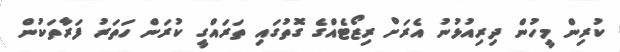
ކުރިން މީހުން ދިރިއުޅުނު އެރަށް ރިޒޯޓެއްގެ ގޮތުގައި ތަރައްގީ ކުރަން ހަތަރު ފަރާތަކުން